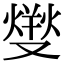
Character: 𤍛